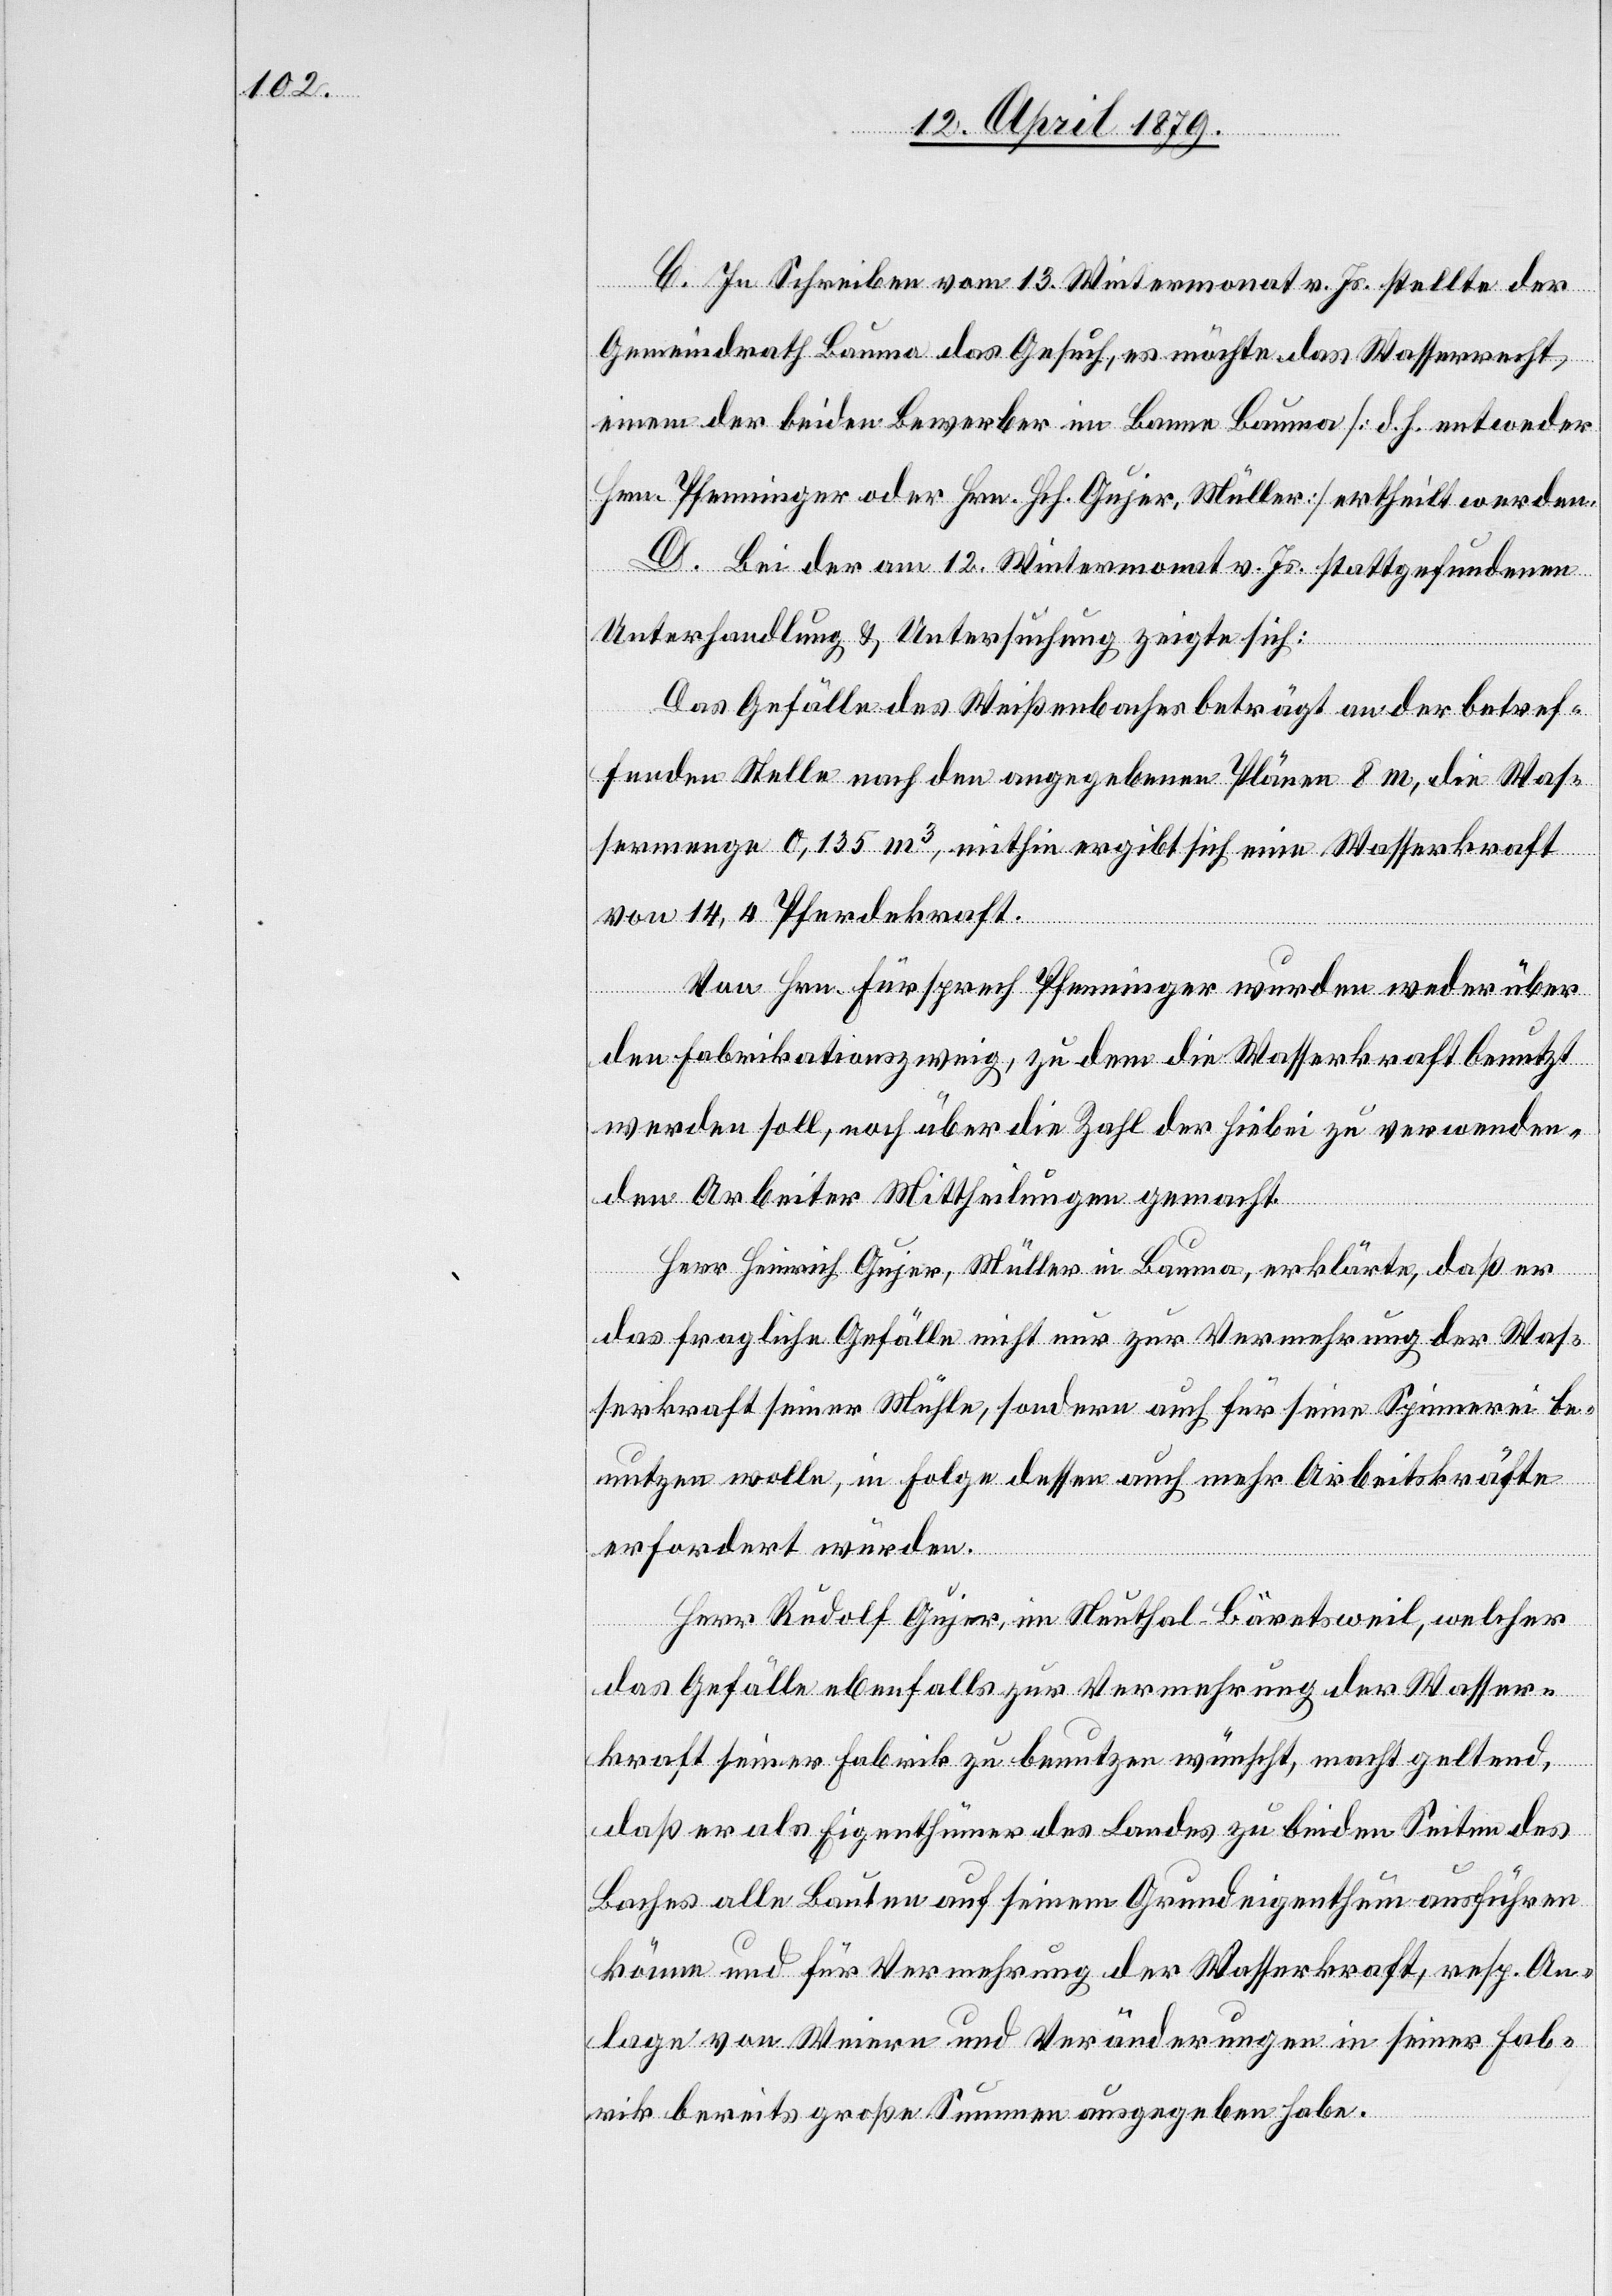
C. In Schreiben vom 13. Wintermonat v. Js. stellte der
Gemeindrath Bauma das Gesuch, es möchte das Wasserrecht
einem der beiden Bewerber im Banne Bauma [d. h. entweder
Hrn. Pfenninger oder Hrn. Hch. Gujer, Müller] ertheilt werden.
D. Bei der am 12. Wintermonat v. Js. stattgefundenen
Unterhandlung & Untersuchung zeigte sich:
Das Gefälle des Weißenbaches beträgt an der betref¬
fenden Stelle nach den angegebenen Plänen 8 m, die Was¬
sermenge 0,135 m3, mithin ergibt sich eine Wasserkraft
von 14,4 Pferdekraft.
Von Hrn. Fürsprech Pfenninger wurden weder über
den Fabrikationszweig, zu dem die Wasserkraft benutzt
werden soll, noch über die Zahl der hiebei zu verwenden¬
den Arbeiter Mittheilungen gemacht.
Herr Heinrich Gujer, Müller in Bauma, erklärte, daß er
das fragliche Gefälle nicht nur zur Vermehrung der Was¬
serkraft seiner Mühle, sondern auch für seine Spinnerei be¬
nutzen wolle, in Folge dessen auch mehr Arbeitskräfte
erfordert würden.
Herr Rudolf Gujer, im Neuthal - Bäretsweil, welcher
das Gefälle ebenfalls zur Vermehrung der Wasser¬
kraft seiner Fabrik zu benutzen wünscht, macht geltend,
daß er als Eigenthümer des Landes zu beiden Seiten des
Baches alle Bauten auf seinem Grundeigenthum ausführen
könne und für Vermehrung der Wasserkraft, resp. An¬
lage von Weiern und Veränderungen in seiner Fab¬
rik bereits große Summen ausgegeben habe.